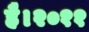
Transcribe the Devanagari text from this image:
है।२०११